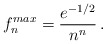
\begin{align*}f_n^{max} = { e^{- {1 / 2}} \over n^n} \, .\end{align*}